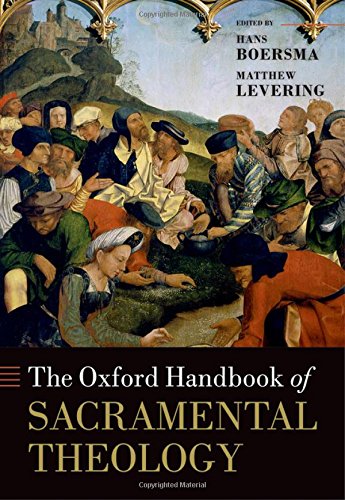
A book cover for The Oxford Handbook of Sacramental Theology (Oxford Handbooks); Christian Books & Bibles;